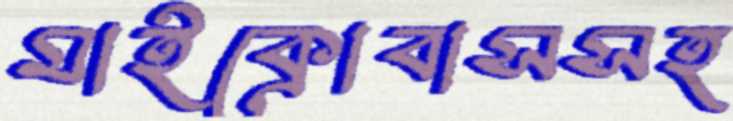
মাইক্রোবাসসহ